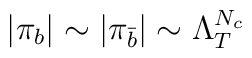
|\pi_b| \sim |\pi_{\bar b}| \sim \Lambda_T^{N_c}